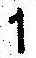
1